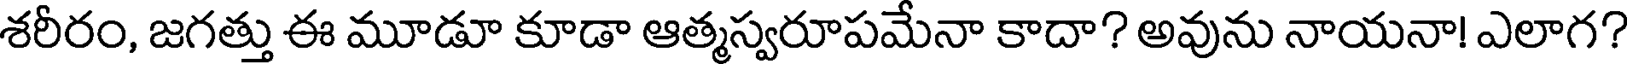
శరీరం, జగత్తు ఈ మూడూ కూడా ఆత్మస్వరూపమేనా కాదా? అవును నాయనా! ఎలాగ?